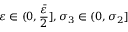
\varepsilon \in ( 0 , \frac { \bar { \varepsilon } } { 2 } ] , \sigma _ { 3 } \in ( 0 , \sigma _ { 2 } ]